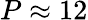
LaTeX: P\approx 12